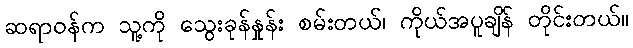
ဆရာဝန်က သူ့ကို သွေးခုန်နှုန်း စမ်းတယ်၊ ကိုယ်အပူချိန် တိုင်းတယ်။